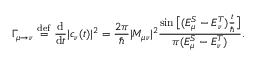
\Gamma _ { \mu \to \nu } \ { \overset { \mathrm { d e f } } { = } } \ { \frac { \mathrm { d } } { \mathrm { d } t } } | c _ { \nu } ( t ) | ^ { 2 } = { \frac { 2 \pi } { \hbar } } | M _ { \mu \nu } | ^ { 2 } { \frac { \sin { \big [ } ( E _ { \mu } ^ { S } - E _ { \nu } ^ { T } ) { \frac { t } { \hbar } } { \big ] } } { \pi ( E _ { \mu } ^ { S } - E _ { \nu } ^ { T } ) } } .